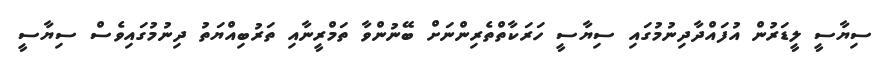
ސިޔާސީ ލީޑަރުން އުފައްދާދިނުމުގައި ސިޔާސީ ހަރަކާތްތެރިންނަށް ބޭނުންވާ ތަމްރީނާއި ތަރުބިއްޔަތު ދިނުމުގައިވެސް ސިޔާސީ